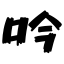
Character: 吟